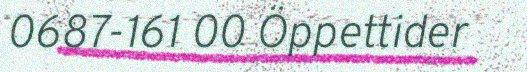
0687-161 00 Öppettider